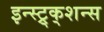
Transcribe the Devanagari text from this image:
इन्स्ट्र्क्शन्स